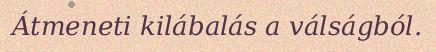
Átmeneti kilábalás a válságból.